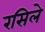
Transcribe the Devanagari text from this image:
रसिले